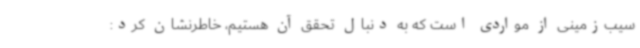
سیب‌زمینی از مواردی است که به دنبال تحقق آن هستیم، خاطرنشان کرد: